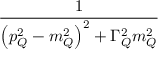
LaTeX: \frac { 1 } { \left( p _ { Q } ^ { 2 } - m _ { Q } ^ { 2 } \right) ^ { 2 } + \Gamma _ { Q } ^ { 2 } m _ { Q } ^ { 2 } }